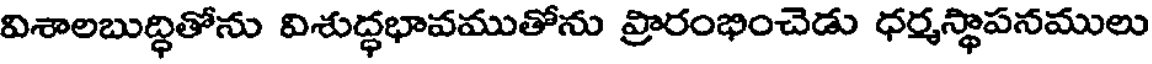
విశాలబుద్ధితోను విశుద్ధభావముతోను ప్రారంభించెడు ధర్మస్థాపనములు